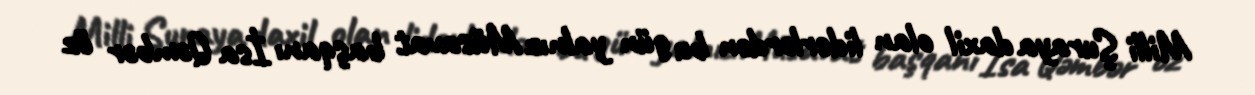
Milli Şuraya daxil olan liderlərdən bu gün yalnız Müsavat başqanı İsa Qəmbər öz